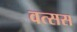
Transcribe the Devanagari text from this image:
वत्सस